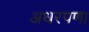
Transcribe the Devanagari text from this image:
अधरपणा